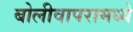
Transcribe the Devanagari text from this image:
बोलीवापरामध्ये